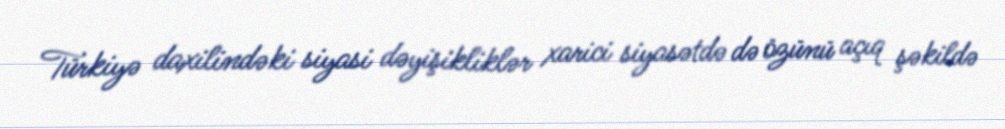
Türkiyə daxilindəki siyasi dəyişikliklər xarici siyasətdə də özünü açıq şəkildə